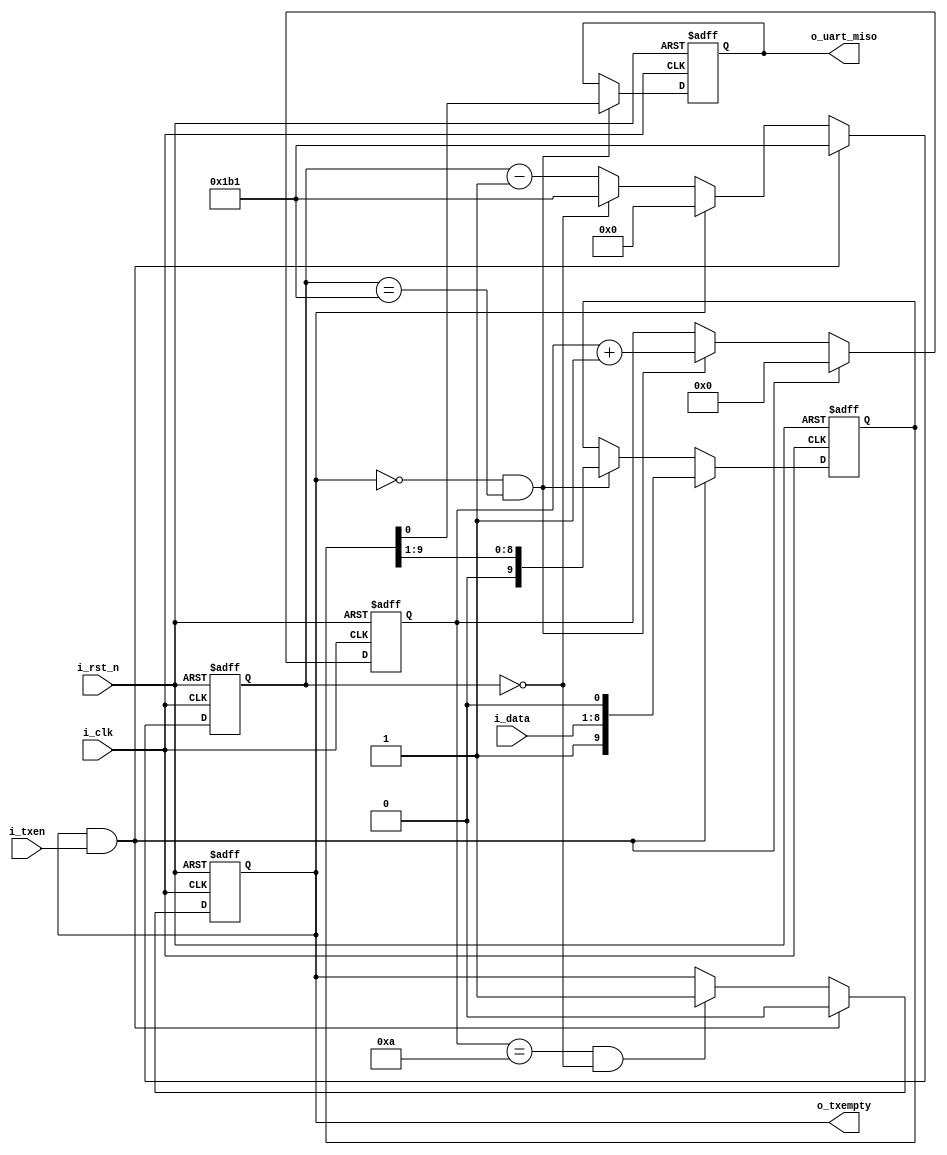
/*============================================================================*/
/*
 * @file    uart_tx.v
 * @brief   UART TX
 * @note    
 * @date    2018/11/19
 * @author  kingyo
 */
/*============================================================================*/
module uart_tx (
    input           i_clk,
    input           i_rst_n,
    input   [7:0]   i_data,
    input           i_txen,
    output          o_uart_miso,
    output          o_txempty
    );
    
    parameter   DIV_WID = 9;
    parameter   DIV_CNT = 434 - 1;  // i_clk = 50MHz, miso_clk = 115200
    
    reg     [9:0]       data;       // startbit + data + stopbit
    reg                 txempty;
    reg                 miso;
    reg     [DIV_WID-1:0]   div;
    wire                start;
    wire                fin;
    wire                dt_txpls;
    reg     [3:0]       bitCnt;

    assign start = (txempty & i_txen);
    assign fin  = (bitCnt == 4'd10 & div == 9'd0);
    assign dt_txpls = (~txempty & div == DIV_CNT);
    
    /* txempty control */
    always @(posedge i_clk or negedge i_rst_n) begin
        if (~i_rst_n)
            txempty <= 1'b1;
        else if (start)
            txempty <= 1'b0;
        else if (fin)
            txempty <= 1'b1;
    end

    /* Tx data latch */
    always @(posedge i_clk or negedge i_rst_n) begin
        if (~i_rst_n)
            data <= 10'b1_00000000_0;
        else if (start)
            data <= { 1'b1, i_data[7:0], 1'b0 };
        else if (dt_txpls)
            data <= { 1'd0, data[9:1] };
    end

    /* Tx bit counter */
    always @(posedge i_clk or negedge i_rst_n) begin
        if (~i_rst_n)
            bitCnt <= 4'd0;
        else if (start)
            bitCnt <= 4'd0;
        else if (dt_txpls)
            bitCnt <= bitCnt + 4'd1;
    end

    /* div counter */
    always @(posedge i_clk or negedge i_rst_n) begin
        if (~i_rst_n)
            div <= 0;
        else if (start)
            div <= DIV_CNT;
        else if (~txempty) begin
            if (div == 9'd0)
                div <= DIV_CNT;
            else
                div <= div - 9'd1;
        end else
            div <= 9'd0;
    end

    /* Data send */
    always @(posedge i_clk or negedge i_rst_n) begin
        if (~i_rst_n)
            miso <= 1'b1;
        else if (dt_txpls) begin
            miso <= data[0];    // LSB First
        end
    end

    assign o_uart_miso = miso;
    assign o_txempty = txempty;

endmodule